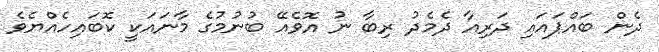
ދެން ބައްޕައައި ދަރިއާ ދެމެދު ރިބާ ނު އޮވެއޭ ބުނުމުގެ މާނައަކީ ކޮބައިހެއްޔެވެ